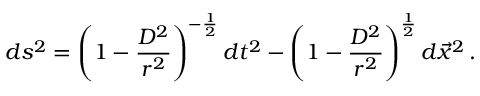
d s ^ { 2 } = \left( 1 - \frac { D ^ { 2 } } { r ^ { 2 } } \right) ^ { - \frac { 1 } { 2 } } d t ^ { 2 } - \left( 1 - \frac { D ^ { 2 } } { r ^ { 2 } } \right) ^ { \frac { 1 } { 2 } } d \vec { x } ^ { 2 } \, .